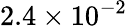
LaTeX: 2.4\times 10^{-2}